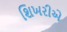
શિખરીએ